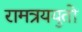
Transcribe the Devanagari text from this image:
रामत्रययुतो